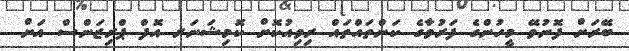
ބޭރަށް ފޮނުވޭ މީހުންގެ ފަރުވާގެ ކަންތައްތައް ރިވިއުކޮށް ކޮމިޝަނަރ އޮފް ޕްރިޒަންސް އަށް